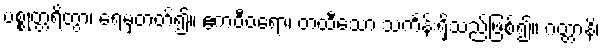
ပစ္စုတ္တရိတွာ၊ ရေမှတတ်၍။ ဧကဝီဝရော၊ တထီသော သင်္ကန်းရှိသည်ဖြစ်၍။ ဂတ္တာနိ၊